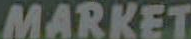
MARKET